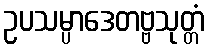
ဥပသမ္ပာဒေတဗ္ဗသုတ္တံ